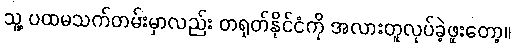
သူ့ ပထမသက်တမ်းမှာလည်း တရုတ်နိုင်ငံကို အလားတူလုပ်ခဲ့ဖူးတော့။